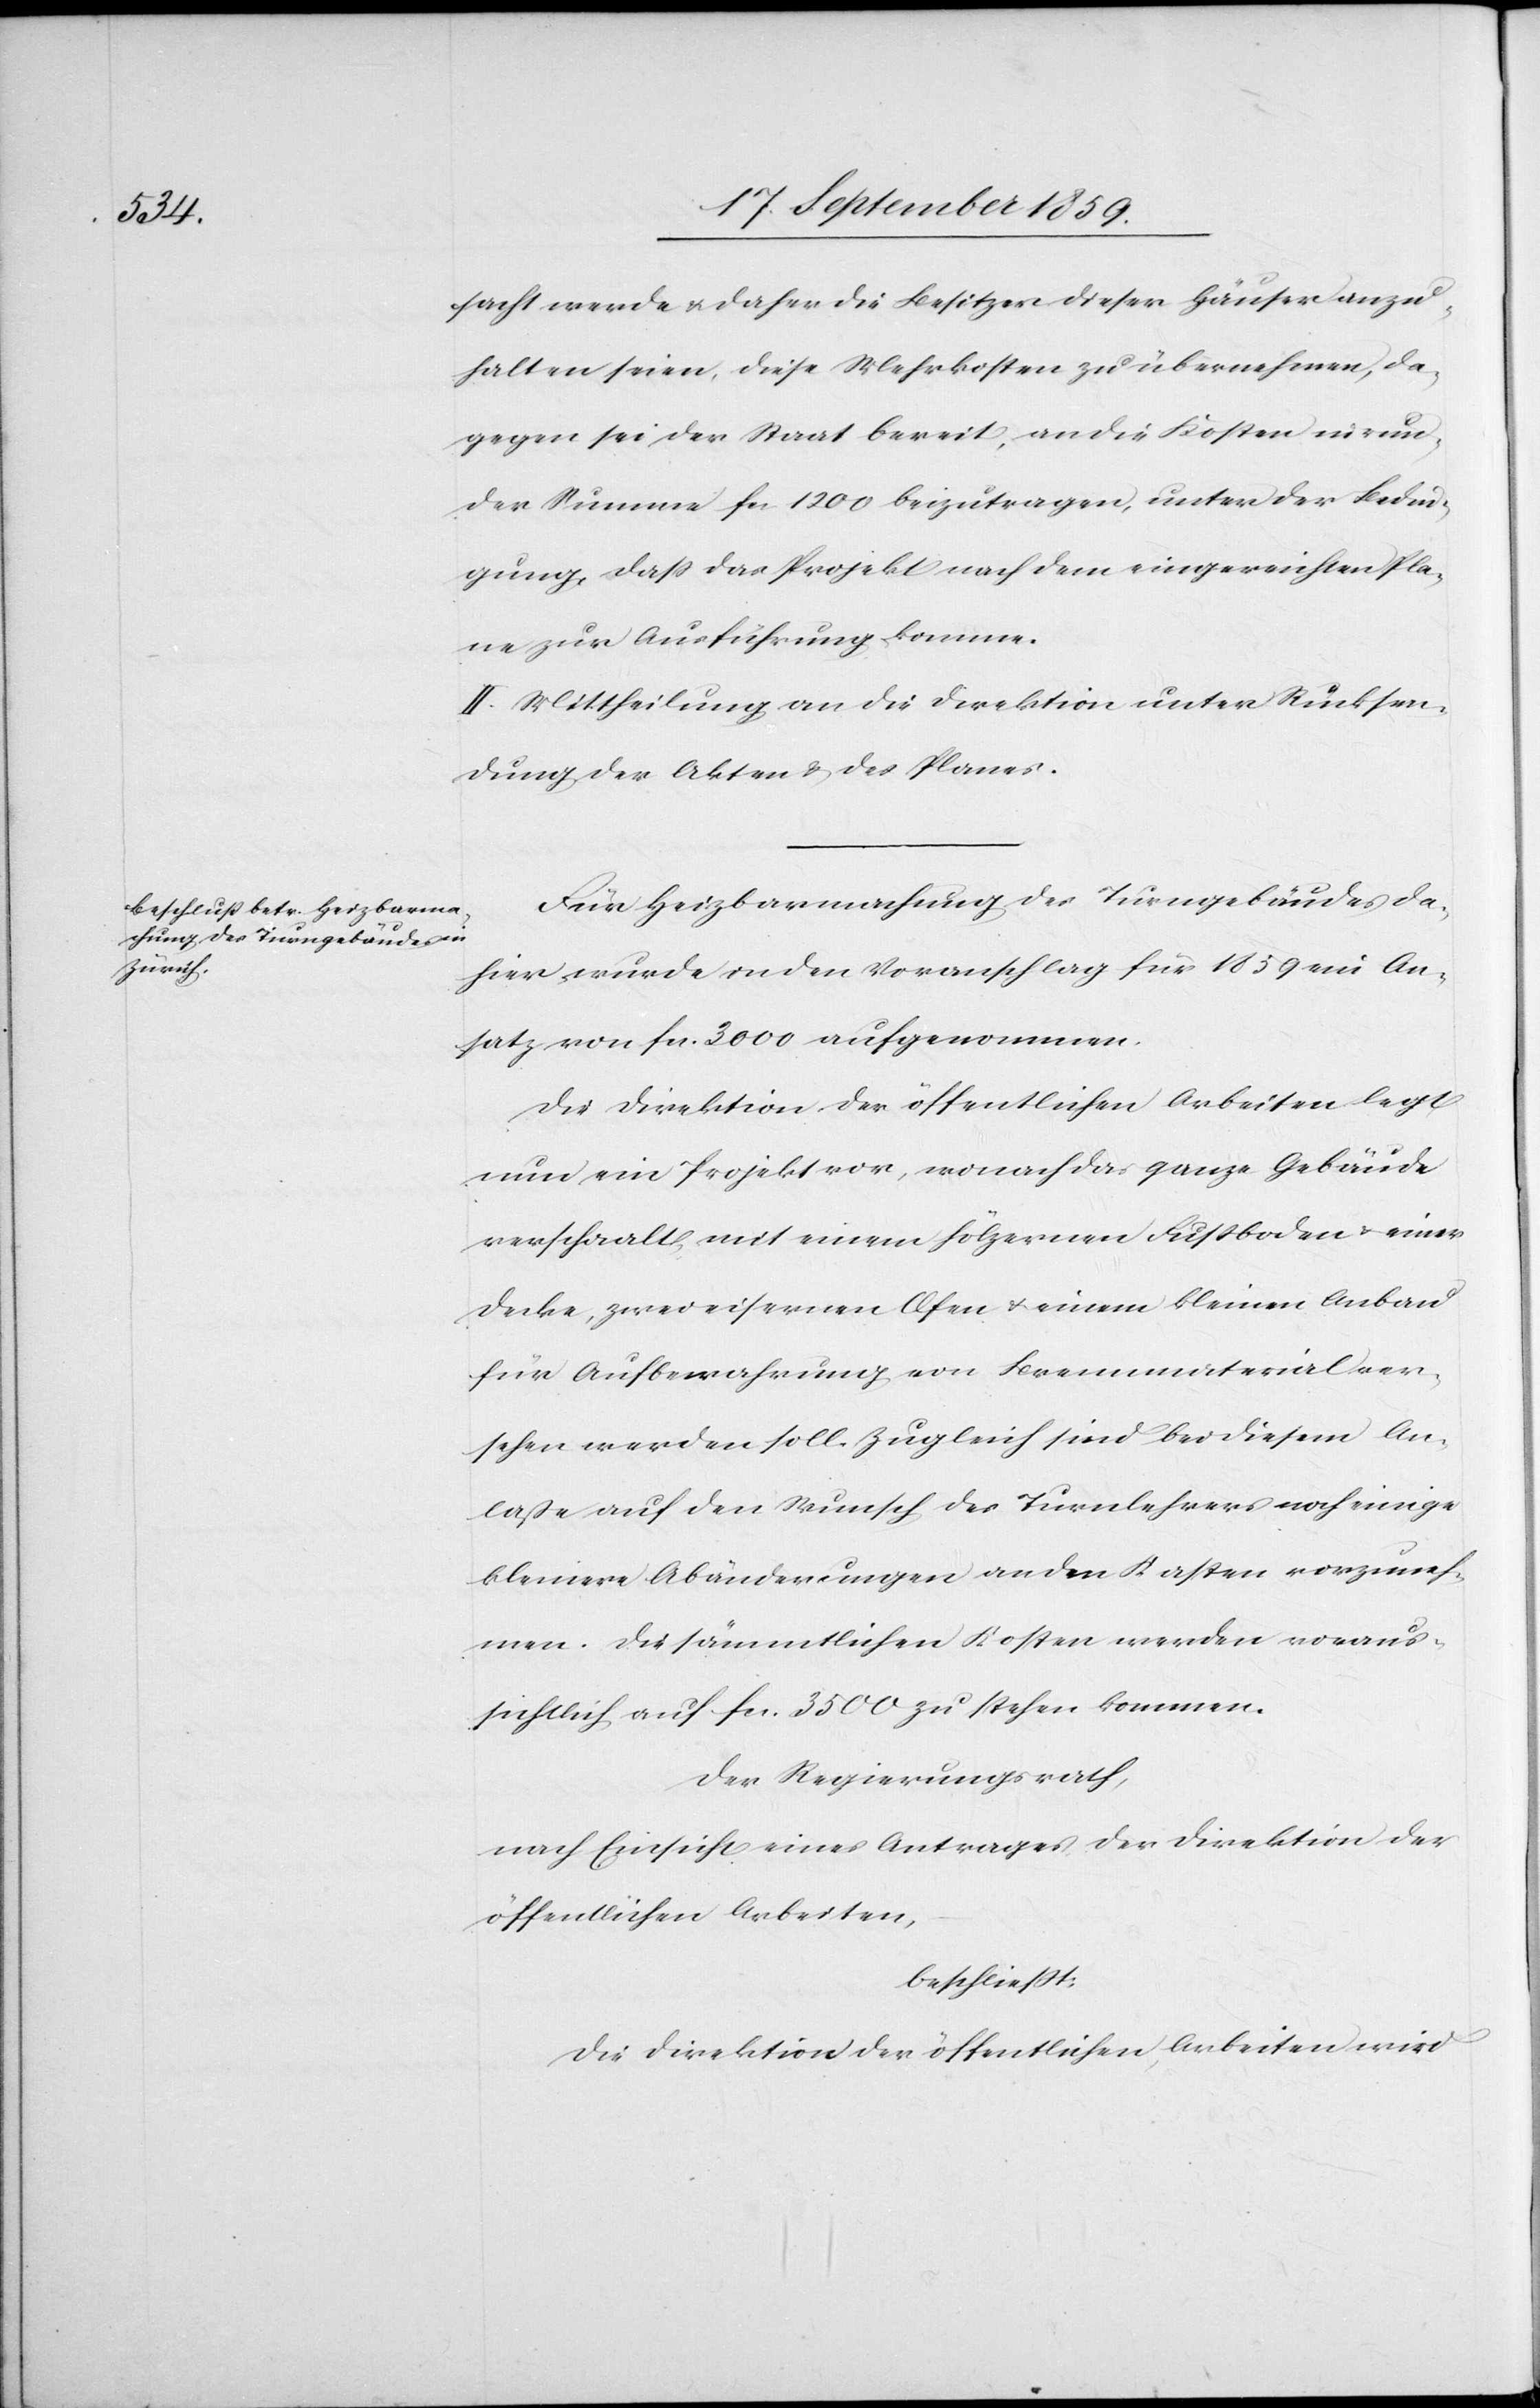
sacht werde & daher die Besitzer dieser Häuser anzu¬
halten seien. Diese Mehrkosten zu übernehmen, da¬
gegen sei der Staat bereit, an die Kosten in run¬
der Summe fcs. 1200 beizutragen, unter der Bedin¬
gung, daß das Projekt nach dem eingereichten Pla¬
ne zur Ausführung komme.
II. Mittheilung an die Direktion unter Rücksen¬
dung der Akten des Planes.
Für Heizbarmachung des Turngebäudes da¬
hier wurde in den Voranschlag für 1859 ein An¬
satz von fcs. 3000 aufgenommen.
Die Direktion der öffentlichen Arbeiten legt
nun ein Projekt vor, wonach das ganze Gebäude
verschaalt, mit einem hölzernen Fußboden & einer
Decke, zwei eisernen Ofen & einem kleinen Anbau
für Aufbewahrung von Brennmaterial ver¬
sehen werden soll. Zugleich sind bei diesem An¬
laße auf den Wunsch des Turnlehrers noch einige
kleinere Abänderungen an den Kasten vorzuneh¬
men. Die sämmtlichen Kosten werden voraus¬
sichtlich auf fcs. 3500 zu stehen kommen.
Der Regierungsrath,
nach Einsicht eines Antrages der Direktion der
öffentlichen Arbeiten,
beschließt:
Die Direktion der öffentlichen Arbeiten wird